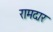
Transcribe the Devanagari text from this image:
रामदार